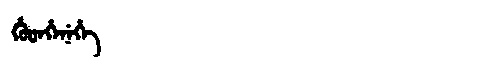
Manchu: ᡥᡠᡨᡥᡝᠨᡝᡥᡝ
Romanization: HUTHENEHE